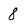
Character: 8